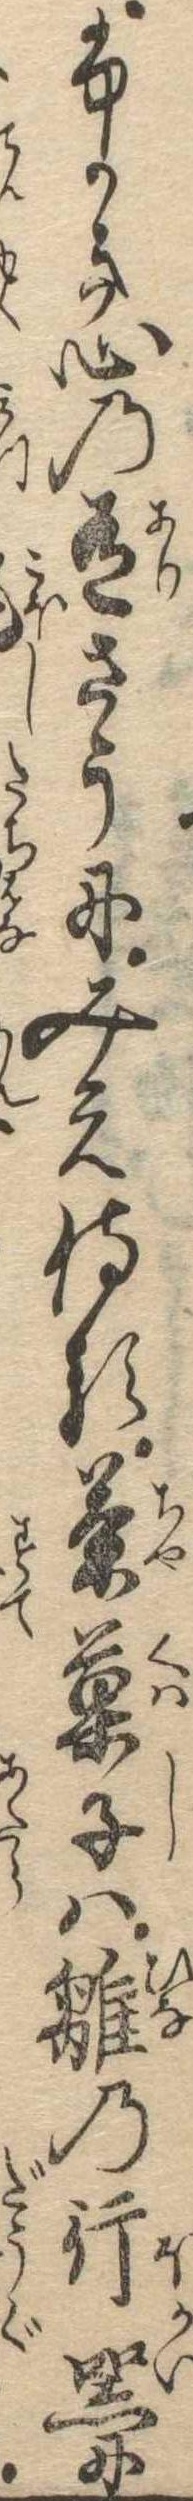
ふかき心の有さうにみえ侍る茶菓子は雛の行器に